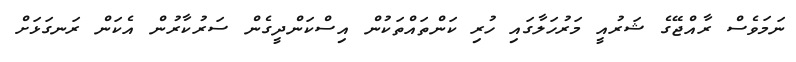
ނަމަވެސް ރާއްޖޭގެ ޝަރުއީ މަރުހަލާގައި ހުރި ކަންތައްތަކުން އިސްކަންދީގެން ސަރުކާރުން އެކަން ރަނގަޅަށް